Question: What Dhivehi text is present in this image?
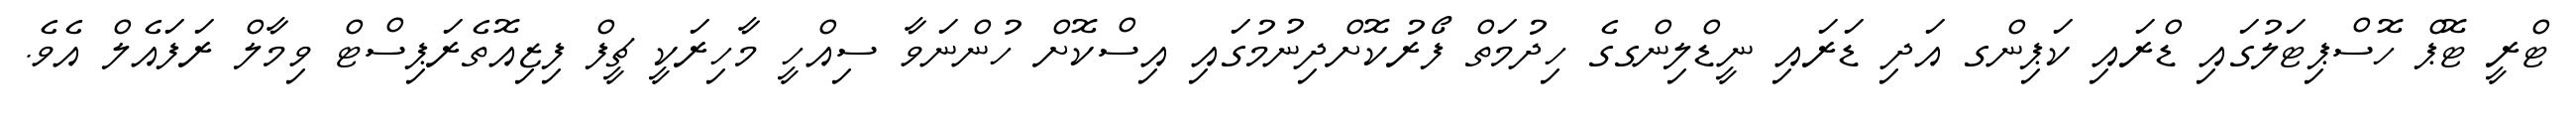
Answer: ޓްރީ ޓޮޕް ހޮސްޕިޓަލުގައި ޑްރައި ކަޕިންގ އަދި ޑަރައި ނީޑްލިންގގެ ހިދުމަތް ފޯރުކޮށްދިނުމުގައި އިސްކޮށް ހުންނަވާ ސިއްހީ މާހިރަކީ ޗީފް ފިޒިއޮތެރަޕިސްޓް ވިމާލް ރަފައެލް އެވެ.